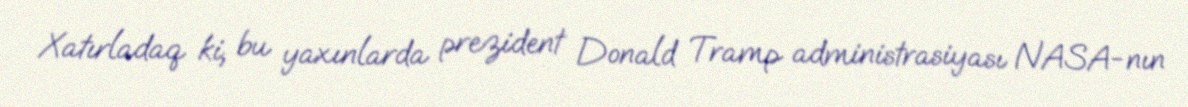
Xatırladaq ki, bu yaxınlarda prezident Donald Tramp administrasiyası NASA-nın